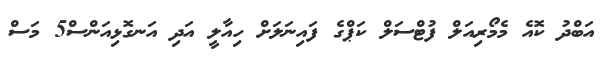
އަބްދު ކޮއެ މެމޯރިއަލް ފުޓްސަލް ކަޕްގެ ފައިނަލަށް ހިއާލީ އަދި އަނގޮޅިއަންސް5 މަސް